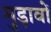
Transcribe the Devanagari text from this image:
मुड़ावों